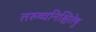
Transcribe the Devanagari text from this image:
तरुष्वनिश्चितेषु